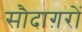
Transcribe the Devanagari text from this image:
सौदाग़रों